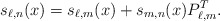
\begin{align*}s_{\ell,n}(x) = s_{\ell, m}(x) + s_{m,n}(x)P_{\ell, m}^{T}.\end{align*}